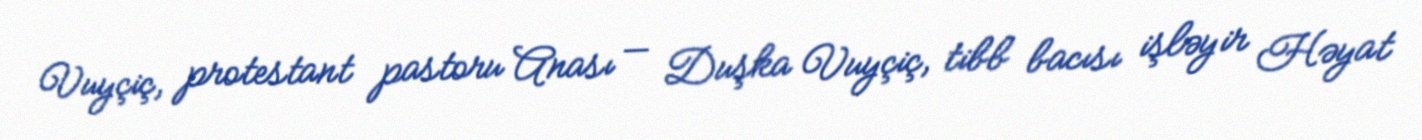
Vuyçiç, protestant pastoru Anası — Duşka Vuyçiç, tibb bacısı işləyir Həyat